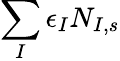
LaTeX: \sum_{I}\epsilon_{I}N_{I,s}